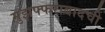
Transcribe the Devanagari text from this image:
मुझफ्फराबादची